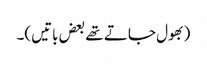
(بھول جاتے تھے بعض باتیں)۔